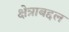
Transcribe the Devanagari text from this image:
क्षेत्राबद्दल